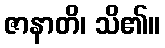
ဇာနာတိ၊ သိ၏။